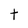
Character: t